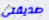
صديقتى